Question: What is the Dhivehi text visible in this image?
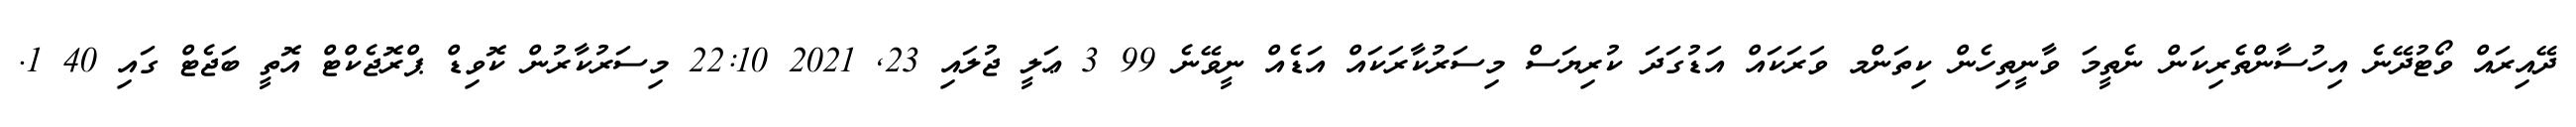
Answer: ދޭއިރައް ވޯޓުދޭނެ އިހުސާންތެރިކަން ނެތީމަ ވާނީތިހެން ކިތަންމ ވަރަކައް އަޑުގަދަ ކުރިޔަސް މިސަރުކާރަކައް އަޑެއް ނީވޭނެ 99 3 ޢަލީ ޖުލައި 23, 2021 22:10 މިސަރުކާރުން ކޮވިޑް ޕްރޮޖެކްޓް އޮތީ ބަޖެޓް ގައި 40 1.